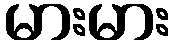
မားမား